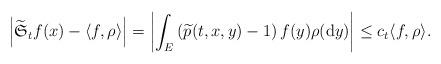
LaTeX: \begin{align*}\left|\widetilde{\mathfrak{S}}_{t}f(x)-\langle f,\rho\rangle\right|=\left|\int_{E}\left(\widetilde{p}(t,x,y)-1\right)f(y)\rho({\rm d}y)\right|\le c_{t}\langle f,\rho\rangle.\end{align*}